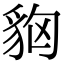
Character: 𧲳